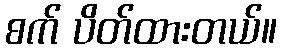
စက် ပိတ်ထားတယ်။